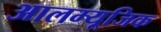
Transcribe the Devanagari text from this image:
आलम्यूजिक